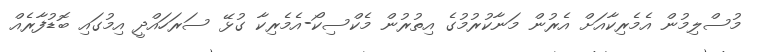
މުސްލިމުން އެމެރިކާއަށް އެރުން މަނާކުރުމުގެ އިތުރުން މެކްސިކޯ-އެމެރިކާ ގުޅޭ ސަރަހައްދީ އިމުގައި ބޮޑުފާރެއް